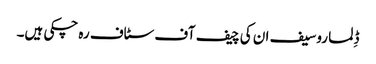
ڈِلما روسیف ان کی چیف آف سٹاف رہ چکی ہیں۔